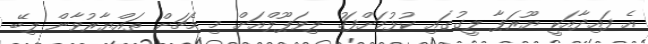
އެ ފައިދާއަކީ ޔޫރަޕާ ލީގުގައި ކުޅުމަށްފަހު ލިވަޕޫލްއަށް މި މެޗަށް ތައްޔާރުވާން ލިބޭ